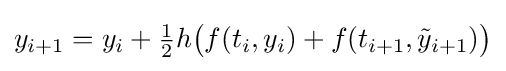
y_{i+1}=y_{i}+{\tfrac {1}{2}}h{\bigl (}f(t_{i},y_{i})+f(t_{i+1},{\tilde {y}}_{i+1}){\bigr )}